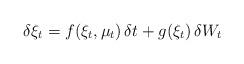
LaTeX: \begin{align*} \delta \xi_t = f(\xi_t,\mu_t)\,\delta t + g(\xi_t)\,\delta W_t\end{align*}